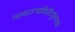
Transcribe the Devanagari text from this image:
नानारत्नकिरीटकुंडलधरं